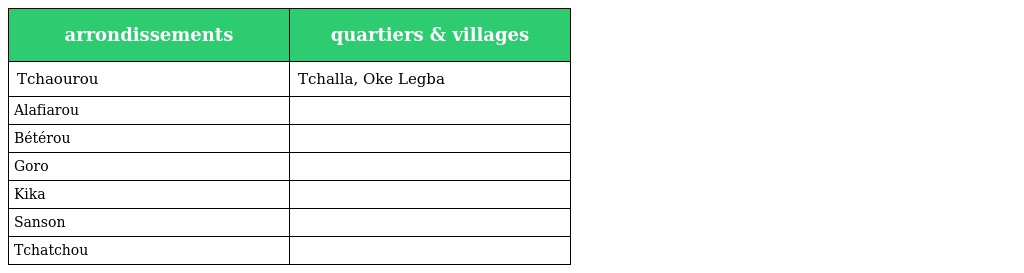
| arrondissements | quartiers & villages |
 | --- | --- |
 | Tchaourou | Tchalla, Oke Legba |
 | Alafiarou |  |
 | Bétérou |  |
 | Goro |  |
 | Kika |  |
 | Sanson |  |
 | Tchatchou |  |